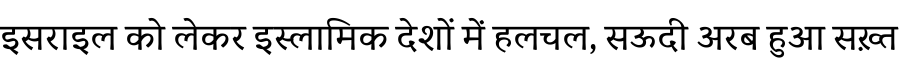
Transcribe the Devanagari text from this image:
इसराइल को लेकर इस्लामिक देशों में हलचल, सऊदी अरब हुआ सख़्त